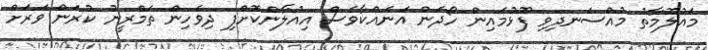
މައުލޫމާތު މުއްސަނދިވި ފޫޅުމައިން ހޯދަން އަނެއްކާވެސް އިއުލާންކޮށްފި ދިވެހިން ތަމްރީނު ކުރަން ވަރަށް